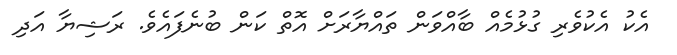
އެކު އެކުވެރި ގުޅުމެއް ބާއްވަން ތައްޔާރަށް އޮތް ކަން ބުނެފައެވެ. ރަޝިޔާ އަދި